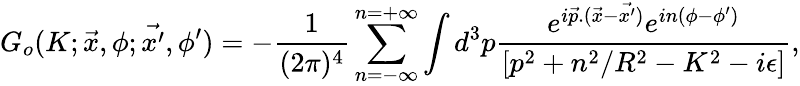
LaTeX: G_{o}(K;\vec{x},\phi;\vec{x^{\prime}},\phi^{\prime})=-\frac{1}{(2\pi)^{4}}\sum_{n=-\infty}^{n=+\infty}\int d^{3}p\frac{e^{i\vec{p}.(\vec{x}-\vec{x^{\prime}})}e^{in(\phi-\phi^{\prime})}}{[p^{2}+n^{2}/R^{2}-K^{2}-i\epsilon]},